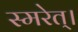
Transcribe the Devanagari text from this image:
स्मरेत्‌।